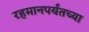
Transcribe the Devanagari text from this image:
रहमानपर्यंतच्या